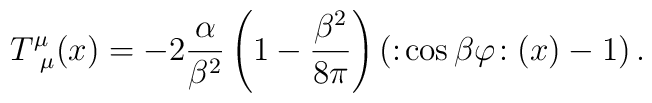
T_{~\mu}^{\mu}(x)=-2\frac{\alpha}{\beta^{2}}\left(  1-\frac{\beta^{2}}{8\pi}\right)  \left(  :\!\cos\beta\varphi\!:(x)-1\right)  .